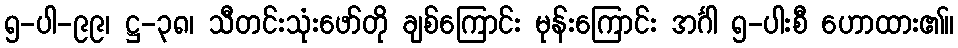
၅-ပါ-၉၉၊ ဋ္ဌ-၃၈၊ သီတင်းသုံးဖော်တို ချစ်ကြောင်း မုန်းကြောင်း အင်္ဂါ ၅-ပါးစီ ဟောထား၏။